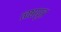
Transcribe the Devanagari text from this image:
त्वष्ठापुत्र